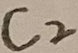
Text: C2